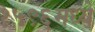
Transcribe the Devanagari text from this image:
१५९६मध्ये